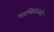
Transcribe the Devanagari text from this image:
मालिकांकडे